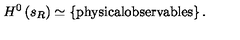
H ^ { 0 } \left( s _ { R } \right) \simeq \left\{ \mathrm { p h y s i c a l o b s e r v a b l e s } \right\} .